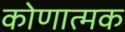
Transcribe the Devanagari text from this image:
कोणात्मक